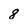
Character: 8